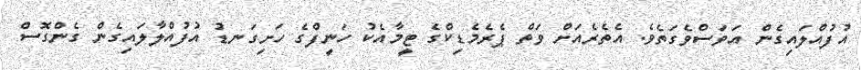
އުފުއްލައިގެން އަވަސްވެގަތެވެ. އެތެރެއަށް ވަތް ޕެރެމެޑިކްގެ ޓީމާއެކު ހަނީފްގެ ހަށިގަނޑު އުފުއްލާލައިގެން ގެންގޮސް